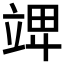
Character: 𥪎